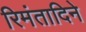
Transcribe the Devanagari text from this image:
रिमंतादिने